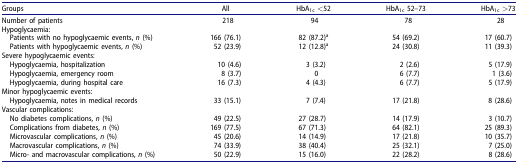
<table><thead><tr><td><b>Groups</b></td><td><b>All</b></td><td><b>HbA<sub>1c</sub> &lt;52</b></td><td><b>HbA<sub>1c</sub> 52–73</b></td><td><b>HbA<sub>1c</sub> &gt;73</b></td></tr></thead><tbody><tr><td>Number of patients</td><td>218</td><td>94</td><td>78</td><td>28</td></tr><tr><td colspan="5">Hypoglycaemia:</td></tr><tr><td> Patients with no hypoglycaemic events, <i>n</i> (%)</td><td>166 (76.1)</td><td>82 (87.2)<sup>a</sup></td><td>54 (69.2)</td><td>17 (60.7)</td></tr><tr><td> Patients with hypoglycaemic events, <i>n</i> (%)</td><td>52 (23.9)</td><td>12 (12.8)<sup>a</sup></td><td>24 (30.8)</td><td>11 (39.3)</td></tr><tr><td colspan="5">Severe hypoglycaemic events:</td></tr><tr><td> Hypoglycaemia, hospitalization</td><td>10 (4.6)</td><td>3 (3.2)</td><td>2 (2.6)</td><td>5 (17.9)</td></tr><tr><td> Hypoglycaemia, emergency room</td><td>8 (3.7)</td><td>0</td><td>6 (7.7)</td><td>1 (3.6)</td></tr><tr><td> Hypoglycaemia, during hospital care</td><td>16 (7.3)</td><td>4 (4.3)</td><td>6 (7.7)</td><td>5 (17.9)</td></tr><tr><td colspan="5">Minor hypoglycaemic events:</td></tr><tr><td> Hypoglycaemia, notes in medical records</td><td>33 (15.1)</td><td>7 (7.4)</td><td>17 (21.8)</td><td>8 (28.6)</td></tr><tr><td colspan="5">Vascular complications:</td></tr><tr><td> No diabetes complications, <i>n</i> (%)</td><td>49 (22.5)</td><td>27 (28.7)</td><td>14 (17.9)</td><td>3 (10.7)</td></tr><tr><td> Complications from diabetes, <i>n</i> (%)</td><td>169 (77.5)</td><td>67 (71.3)</td><td>64 (82.1)</td><td>25 (89.3)</td></tr><tr><td> Microvascular complications, <i>n</i> (%)</td><td>45 (20.6)</td><td>14 (14.9)</td><td>17 (21.8)</td><td>10 (35.7)</td></tr><tr><td> Macrovascular complications, <i>n</i> (%)</td><td>74 (33.9)</td><td>38 (40.4)</td><td>25 (32.1)</td><td>7 (25.0)</td></tr><tr><td> Micro- and macrovascular complications, <i>n</i> (%)</td><td>50 (22.9)</td><td>15 (16.0)</td><td>22 (28.2)</td><td>8 (28.6)</td></tr></tbody></table>